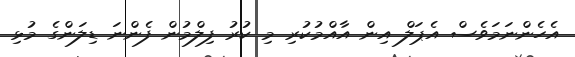
އެހެންނަމަވެސް އެޕަލް އިން އާއްމުކުރި މި ކުރު ފިލްމުން ފެންނަ ޑިލަންގެ މުޅި